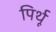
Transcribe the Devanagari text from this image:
पिर्थू